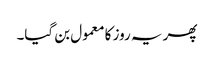
پھر یہ روز کا معمول بن گیا۔